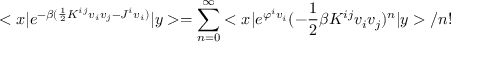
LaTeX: < x | e ^ { - \beta ( \frac { 1 } { 2 } K ^ { i j } v _ { i } v _ { j } - J ^ { i } v _ { i } ) } | y > = \sum _ { n = 0 } ^ { \infty } < x | e ^ { \varphi ^ { i } v _ { i } } ( - \frac { 1 } { 2 } \beta K ^ { i j } v _ { i } v _ { j } ) ^ { n } | y > / n !